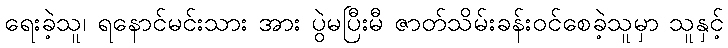
ရေးခဲ့သူ၊ ရနောင်မင်းသား အား ပွဲမပြီးမီ ဇာတ်သိမ်းခန်းဝင်စေခဲ့သူမှာ သူနှင့်